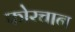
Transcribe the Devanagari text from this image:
फोरचान